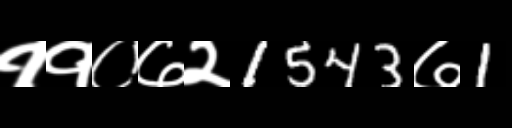
Text: ११०७२1543७1